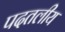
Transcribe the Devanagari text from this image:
पदतलीय